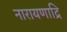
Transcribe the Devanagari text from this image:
नारायणाद्रि